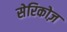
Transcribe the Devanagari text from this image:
सेरिकोज़